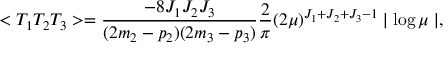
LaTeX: < T _ { 1 } T _ { 2 } T _ { 3 } > = \frac { - 8 J _ { 1 } J _ { 2 } J _ { 3 } } { ( 2 m _ { 2 } - p _ { 2 } ) ( 2 m _ { 3 } - p _ { 3 } ) } \frac { 2 } { \pi } ( 2 \mu ) ^ { J _ { 1 } + J _ { 2 } + J _ { 3 } - 1 } \mid \log \mu \mid ,